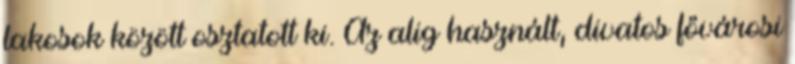
lakosok között osztatott ki. Az alig használt, divatos fővárosi